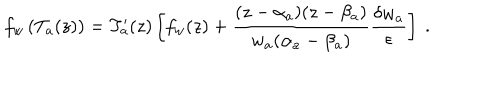
LaTeX: f _ { w } \left( T _ { a } ( z ) \right) = T _ { a } ^ { \prime } ( z ) \left[ f _ { w } ( z ) + \frac { ( z - \alpha _ { a } ) ( z - \beta _ { a } ) } { w _ { a } ( \alpha _ { a } - \beta _ { a } ) } \frac { \delta w _ { a } } { \epsilon } \right] \ .